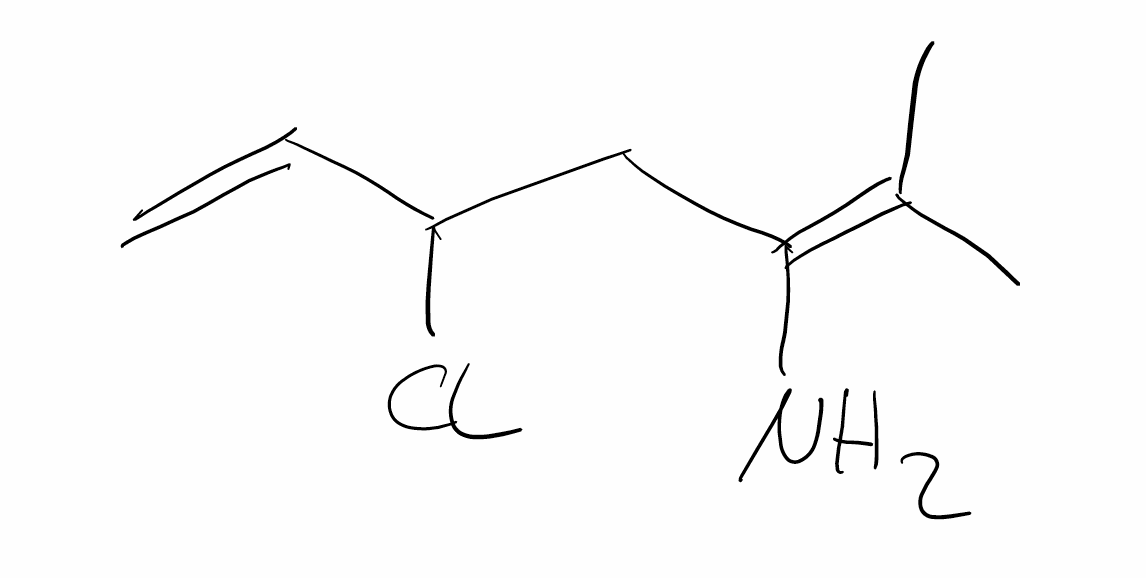
Simplified molecular-input line-entry system (SMILES) notation of the given molecule:
CC(=C(CC(C=C)Cl)N)C